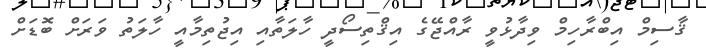
ޤާސިމް އިބްރާހިމް ވިދާޅުވީ ރާއްޖޭގެ އިޤްތިސޯދީ ހާލަތާއި އިޖުތިމާއީ ހާލަތު ވަރަށް ބޮޑަށް